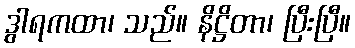
ဒွါရကထာ၊ သည်။ နိဋ္ဌိတာ၊ ပြီးပြီ။